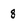
Character: 8